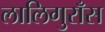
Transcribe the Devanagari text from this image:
लालिगुराँस